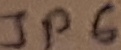
Text: JP6